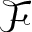
\mathcal { F }